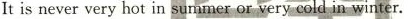
It is ever vey hot in sunmer or veny cold in winter.